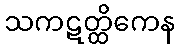
သကဋတ္ထိကေန